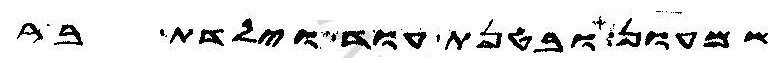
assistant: שמעון ובטנת עוד וילדת בר